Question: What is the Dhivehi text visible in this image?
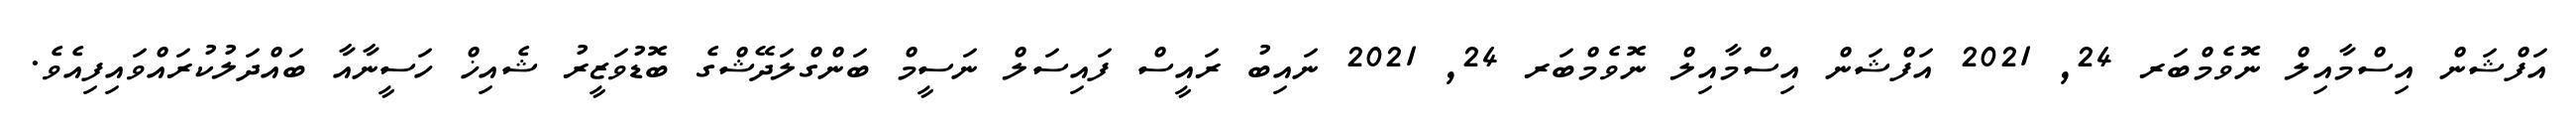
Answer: އަފްޝަން އިސްމާއިލް ނޮވެމްބަރ 24, 2021 އަފްޝަން އިސްމާއިލް ނޮވެމްބަރ 24, 2021 ނައިބު ރައީސް ފައިސަލް ނަސީމް ބަންގްލަދޭޝްގެ ބޮޑުވަޒީރު ޝެއިޚް ހަސީނާއާ ބައްދަލުކުރައްވައިފިއެވެ.